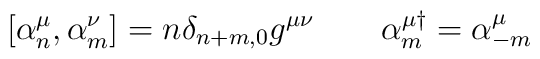
\left [ \alpha ^{\mu}_{n}, \alpha ^{\nu}_{m}\right ] = n \delta_{n+m,0}g^{\mu\nu} \:\:\:\:\:\:\:\:\: \alpha^{\mu \dag}_{m} = \alpha^{\mu}_{-m}